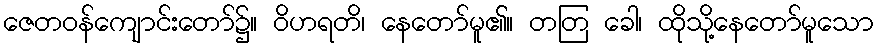
ဇေတဝန်ကျောင်းတော်၌။ ဝိဟရတိ၊ နေတော်မူ၏။ တတြ ခေါ၊ ထိုသို့နေတော်မူသော